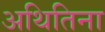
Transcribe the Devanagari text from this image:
अथितिना